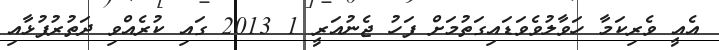
އެއީ ވެރިކަމާ ހަވާލުވެވަޑައިގަތުމަށް ފަހު ޖެނުއަރީ 1 2013 ގައި ކުރެއްވި ދަތުރުފުޅާއި